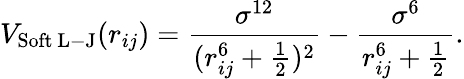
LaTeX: V_{\mathrm{Soft}\ \mathrm{L-J}}(r_{ij})=\frac{\sigma^{12}}{(r_{ij}^{6}+\frac{1}{2})^{2}}-\frac{\sigma^{6}}{r_{ij}^{6}+\frac{1}{2}}.